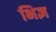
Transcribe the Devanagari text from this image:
भिज्ञ